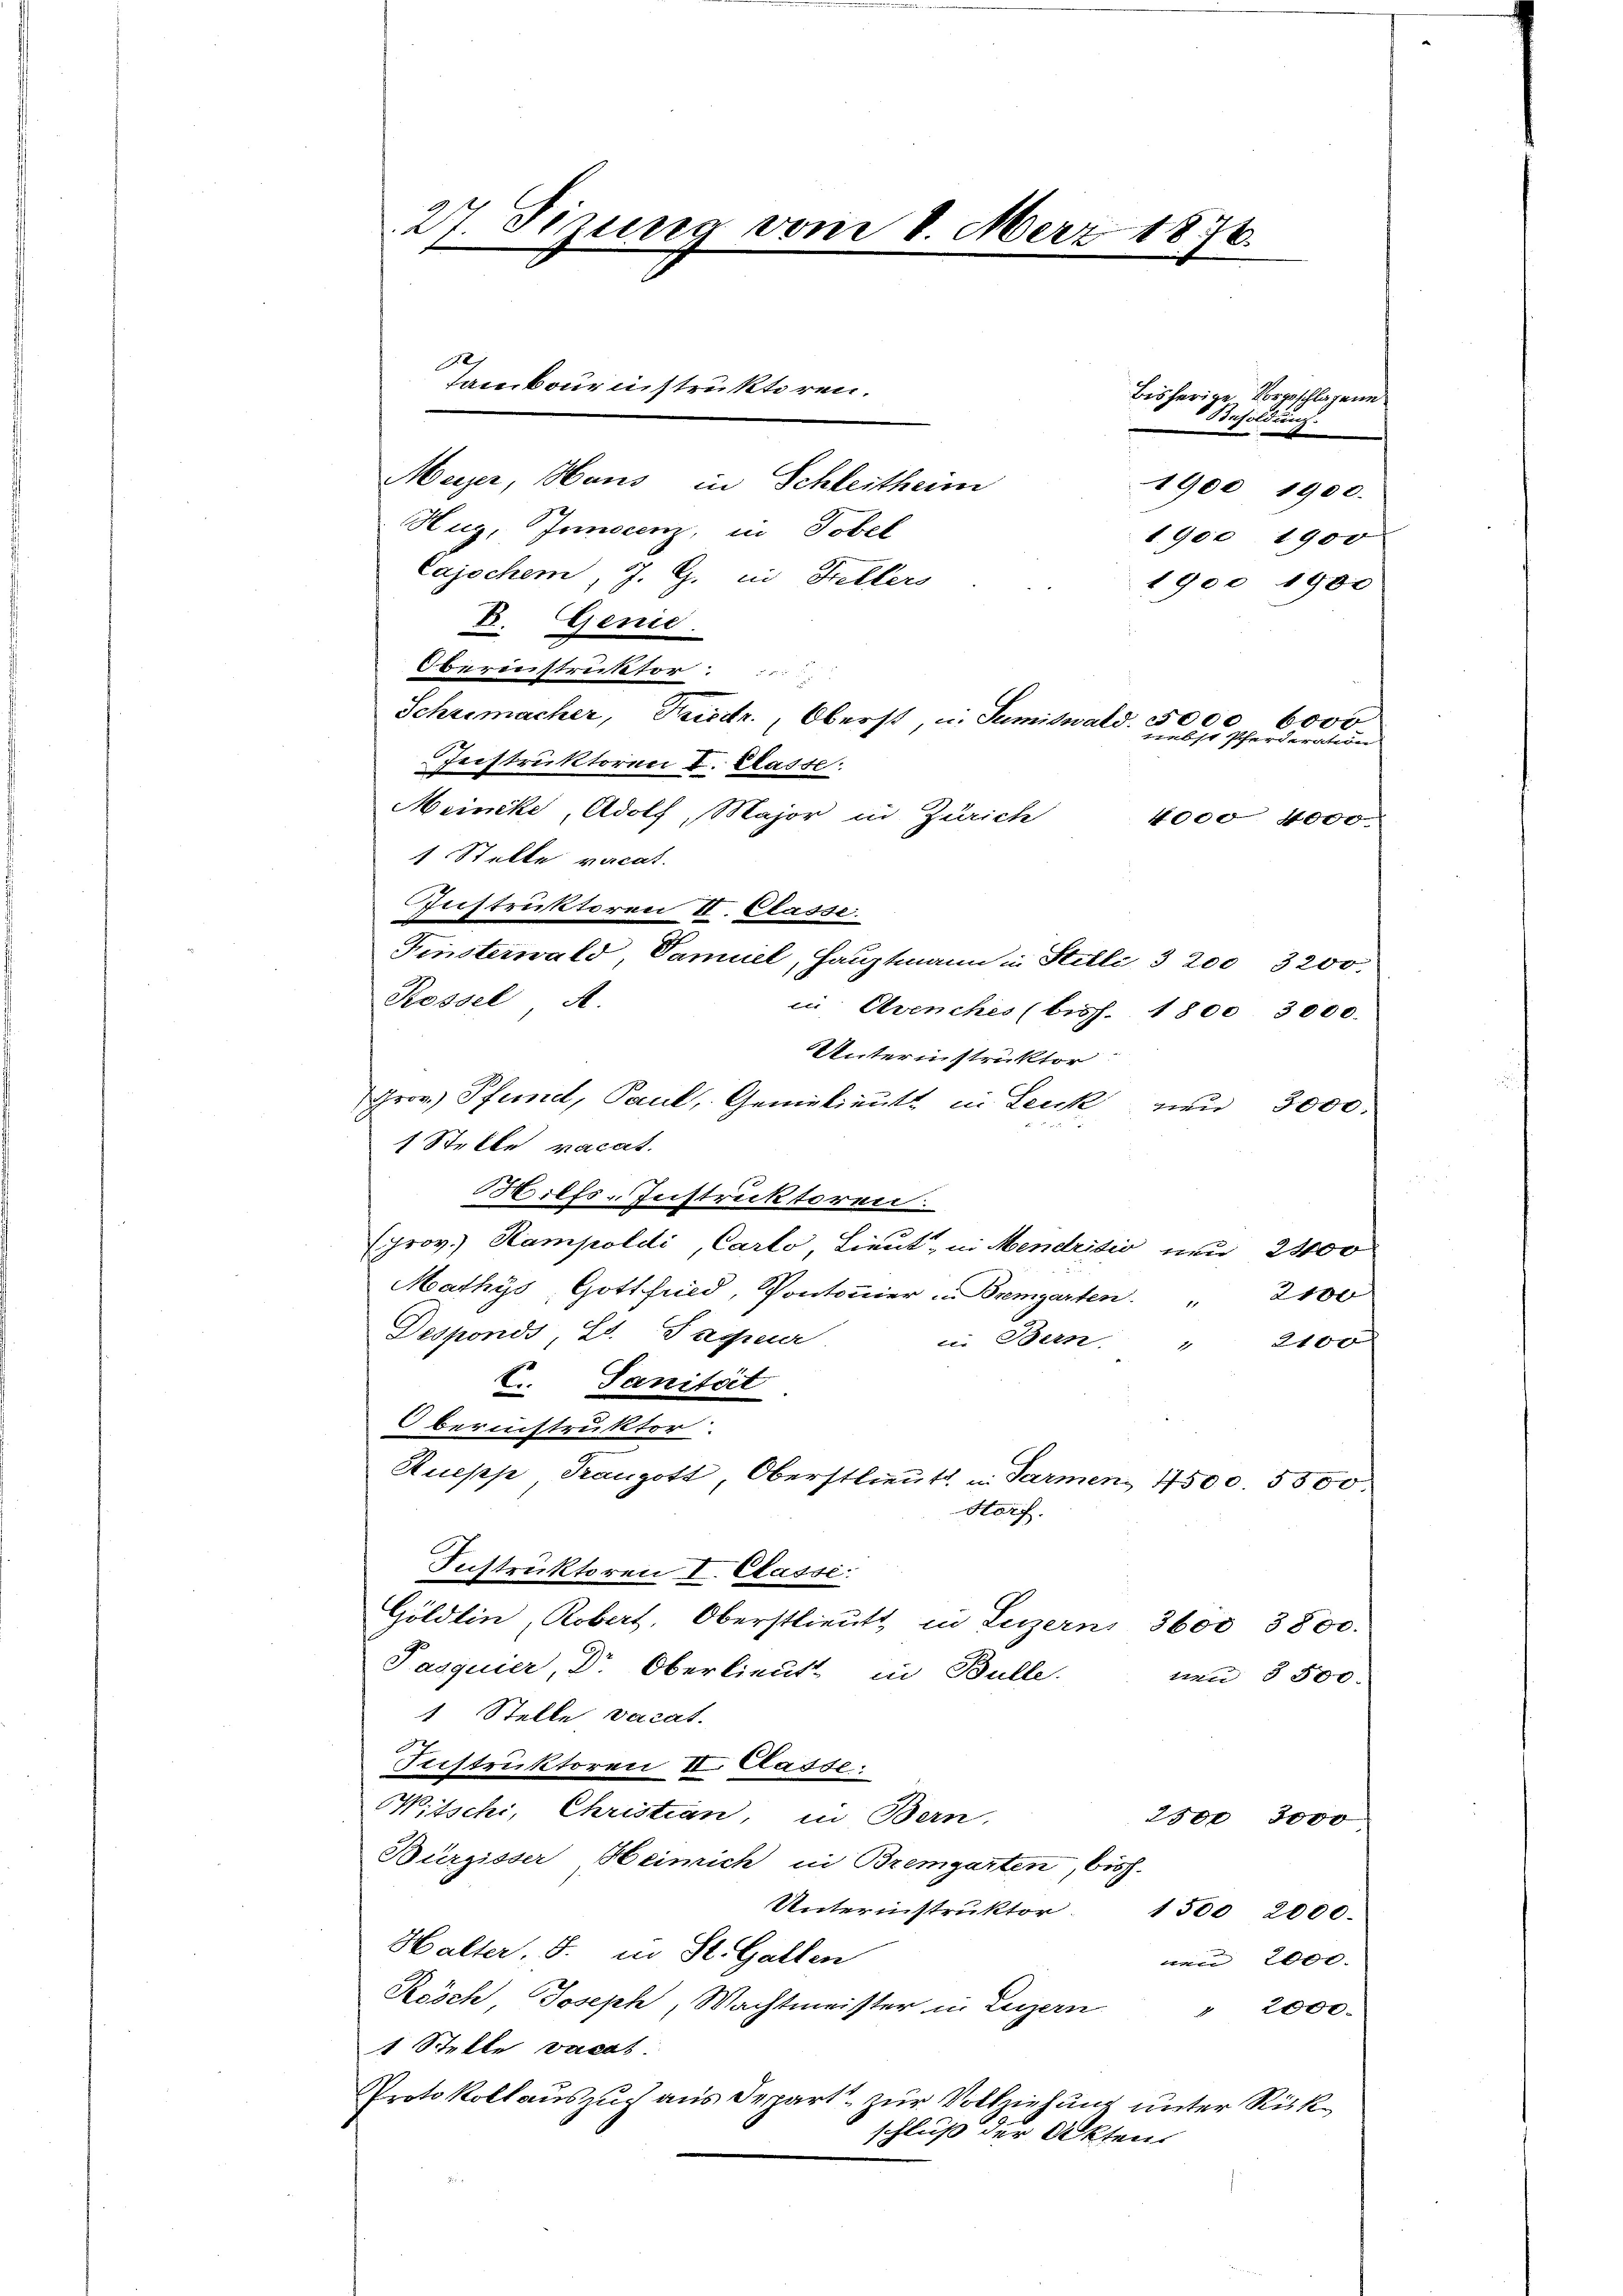
1. 90. 1900
Cajochem, J. G. in Hellers
1900 1900
B. Genie.
Oberinstruktor :
Schremacher, Priestr., Oberst, u. Sumiswald. 5000, 6000
Jnistruktoren I. Klasse.
Meincke, Adolf, Major in Zürich 4000 4000.
1 Stelle vacat.
Finsterwald, Samuel, Hauptmann in Stelli 3 200, 3200.
Rossel A.
in Avenches (bisch. 1800 3000.
Unterinstruktor
Grov) Pferd, Paul, Genedient in Leuk von 3000.
1 Stelle vacat.
Milfs-Instruktoren.
(prov. Rampoldi, Carto, Lieut, in Mendrisio von 2400
Mathys, Gottfried, Pontonier u. Bremgarten. 2100
Desponds, Lt. Tageur
in Bern. " 2100
C. Sanitoit
Obernistruktor.
Ruepp Franzott, Oberstlieutt u. Parmen 1500. 5500.
Storf.
Instruktoren I. Classe:
Göldlin, Robert, Oberstlieutt in Luzern 360. 3800.
Pasquier, Dr. Oberlieut. in Bulle.
tten § 500.
1 Stelle vacat.
Instruktoren II. Classe.
Witschi, Christian, in Bern.
2301 3000
Bürgisser Heimich in Bremgarten, bish
Unterinstruktor 1500 2000.
Halter, S. in St. Gallen
e 2000.
Rösch, Joseph, Wachtmeister in Luzern " 2000.
1 Stelle vacas.
Protokollauszug aus Depart zur Vollziehung unter Rückschluß der Akten.

27. Sizung vom 8. März 1876.
Tambournistruktoren.
bisherige Vorgeschlagene
Besoldung.
Meger, Haus in Schleitheim
1900, 1900.
Hug, Joscenz, in Tobel

Instruktoren II. Classe.

nebst Pferderation